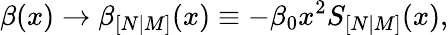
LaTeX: \beta(x)\rightarrow\beta_{[N|M]}(x)\equiv-\beta_{0}x^{2}S_{[N|M]}(x),